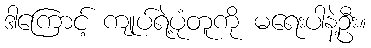
ဒါကြောင့် ကျုပ်ရဲ့ပုံတူကို မရေးပါနဲ့ဦး။